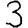
Digit: 3